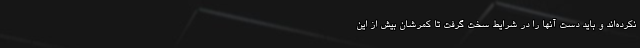
نکرده‌اند و باید دست آنها را در شرایط سخت گرفت تا کمرشان بیش از این